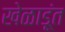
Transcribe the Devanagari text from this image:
खेळाडूंत